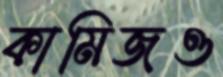
কামিজও